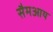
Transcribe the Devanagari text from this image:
सैमआय